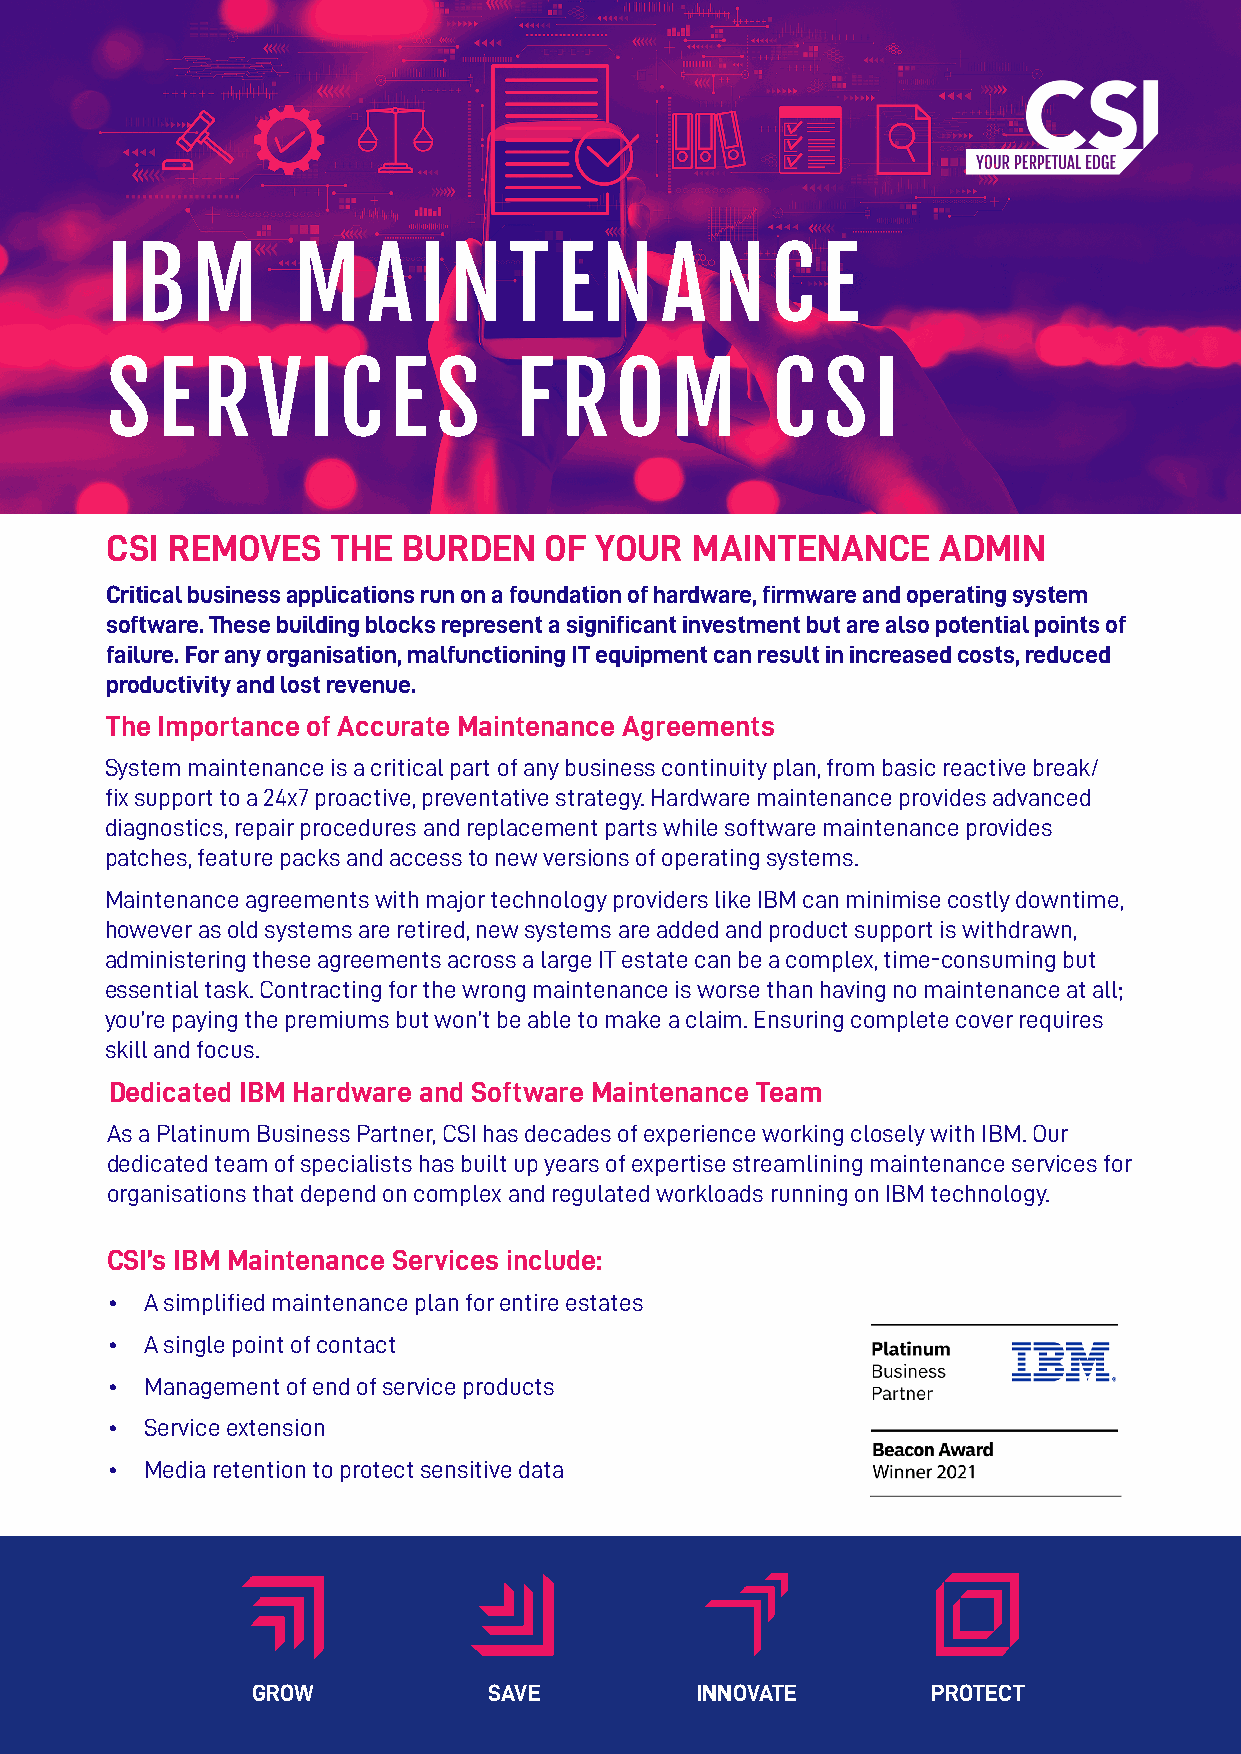
IBM         M    A   IN    T  E  N   A  NCE
 SE    RV     ICE      S    F  ROM           C  SI
 CSI REMOVES    THE  BURDEN   OF YOUR   MAINTENANCE     ADMIN
 Critical business applications run on a foundation of hardware, firmware and operating system
 software. These building blocks represent a significant investment but are also potential points of
 failure. For any organisation, malfunctioning IT equipment can result in increased costs, reduced
 productivity and lost revenue.
 The Importance of Accurate Maintenance Agreements
 System maintenance is a critical part of any business continuity plan, from basic reactive break/
 fix support to a 24x7 proactive, preventative strategy. Hardware maintenance provides advanced
 diagnostics, repair procedures and replacement parts while software maintenance provides
 patches, feature packs and access to new versions of operating systems.
 Maintenance agreements with major technology providers like IBM can minimise costly downtime,
 however as old systems are retired, new systems are added and product support is withdrawn,
 administering these agreements across a large IT estate can be a complex, time-consuming but
 essential task. Contracting for the wrong maintenance is worse than having no maintenance at all;
 you’re paying the premiums but won’t be able to make a claim. Ensuring complete cover requires
 skill and focus.
 Dedicated IBM Hardware and Software Maintenance Team
 As a Platinum Business Partner, CSI has decades of experience working closely with IBM. Our
 dedicated team of specialists has built up years of expertise streamlining maintenance services for
 organisations that depend on complex and regulated workloads running on IBM technology.
 CSI’s IBM Maintenance Services include:
 •  A simplified maintenance plan for entire estates
 •  A single point of contact
 •  Management of end of service products
 •  Service extension
 •  Media retention to protect sensitive data
 GROW           SAVE          INNOVATE        PROTECT